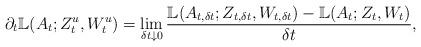
LaTeX: \begin{align*}\partial_t \mathbb{L}(A_t;Z_t^u, W_t^u) = \lim_{\delta t \downarrow 0} \frac{\mathbb{L}(A_{t,\delta t}; Z_{t,\delta t}, W_{t,\delta t}) - \mathbb{L}(A_t;Z_t,W_t)}{\delta t},\end{align*}